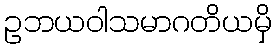
ဥဘယဝါသမာဂတိယမှိ